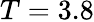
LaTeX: T=3.8